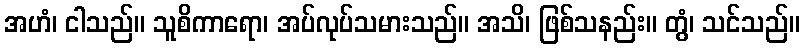
အဟံ၊ ငါသည်။ သူစိကာရော၊ အပ်လုပ်သမားသည်။ အသိ၊ ဖြစ်သနည်း။ တွံ၊ သင်သည်။